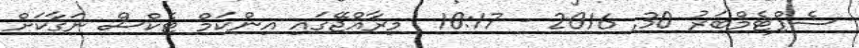
ސެޕްޓެމްބަރު 30